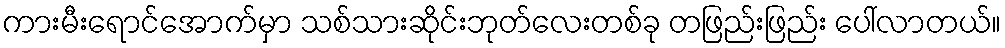
ကားမီးရောင်အောက်မှာ သစ်သားဆိုင်းဘုတ်လေးတစ်ခု တဖြည်းဖြည်း ပေါ်လာတယ်။